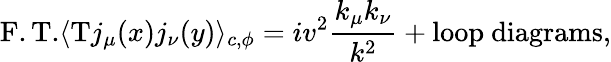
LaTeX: \mathrm{F.T.}\langle\mathrm{T}j_{\mu}(x)j_{\nu}(y)\rangle_{c,\phi}=iv^{2}{\frac{k_{\mu}k_{\nu}}{k^{2}}}+\mathrm{loop~diagrams},